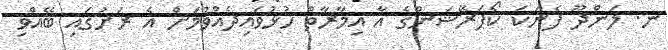
ނ. ލަންދޫ ފެނަކަ ކޯޕަރޭޝަންގެ އާ އިމާރާތް ހުޅުވައިދެއްވުމަށް އެ ރަށުގައި ބޭއްވި